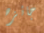
جائزه